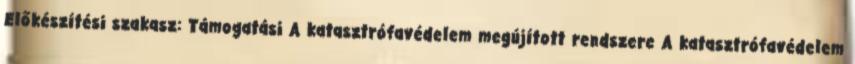
Előkészítési szakasz: Támogatási A katasztrófavédelem megújított rendszere A katasztrófavédelem